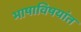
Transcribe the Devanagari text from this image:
भाषाविषयांत